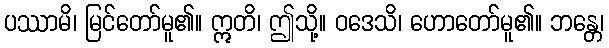
ပဿာမိ၊ မြင်တော်မူ၏။ ဣတိ၊ ဤသို့။ ဝဒေသိ၊ ဟောတော်မူ၏။ ဘန္တေ၊